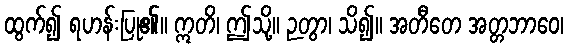
ထွက်၍ ရဟန်းပြု၏။ ဣတိ၊ ဤသို့။ ဉတွာ၊ သိ၍။ အတီတေ အတ္တဘာဝေ၊